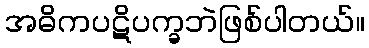
အဓိကပဋိပက္ခဘဲဖြစ်ပါတယ်။